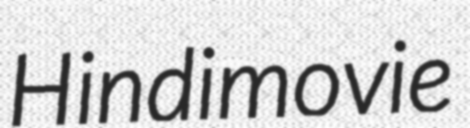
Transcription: Hindi movie